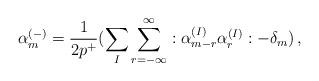
LaTeX: \begin{align*}\alpha^{(-)}_m=\frac{1}{2p^+}(\sum_{I}\sum_{r=-\infty}^{\infty}:\alpha^{(I)}_{m-r}\alpha^{(I)}_r:-\delta_m)\, ,\end{align*}